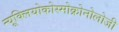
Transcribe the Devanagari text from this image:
न्यूक्लियोकोस्मोक्रोनोलोजी